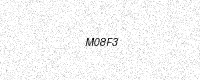
Text: M08F3